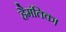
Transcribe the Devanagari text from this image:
हैमंतिक।